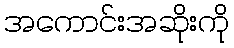
အကောင်းအဆိုးကို